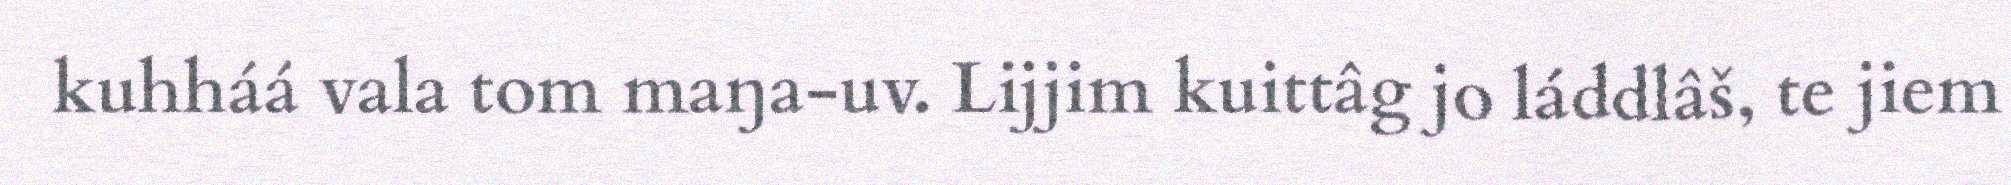
kuhháá vala tom maŋa-uv. Lijjim kuittâg jo láddlâš, te jiem